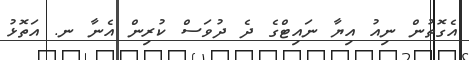
އެގޮތުން ނިއު އިޔާ ނައިޓްގެ ދެ ދުވަސް ކުރިން އެނާ ނ. އަތޮޅު